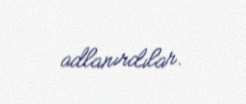
adlanırdılar.